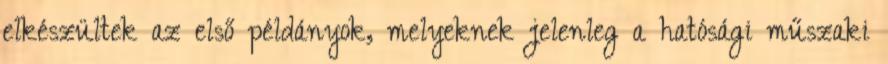
elkészültek az első példányok, melyeknek jelenleg a hatósági műszaki